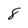
Character: 8